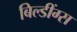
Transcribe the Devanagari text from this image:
बिल्डींग्स